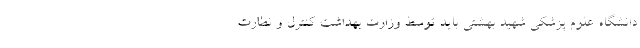
دانشگاه علوم پزشکی شهید بهشتی باید توسط وزارت بهداشت کنترل و نظارت